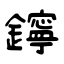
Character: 鑏